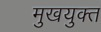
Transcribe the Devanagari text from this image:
मुखयुक्त